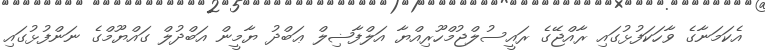
އެކަމަނާގެ ވާހަކަފުޅުގައި ރާއްޖޭގެ ރައީސުލްޖުމްހޫރިއްޔާ އަލްފާޟިލް ޢަބްދު ޔާމީން އަބްދުލް ގައްޔޫމްގެ ނަންފުޅުގައި